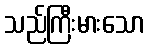
သည်ကြီးမားသော